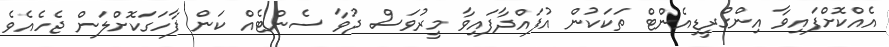
އެއްކޮށްފައިވާ އިންގްރީޑިއެންޓް ތަކަކުން އުފައްދާފައިވާ މީރުވަސް ދުވާ ސެންޓެއް ކަން ފާހަގަކޮށްލަން ޖެހެއެވެ